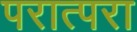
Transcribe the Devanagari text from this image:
परात्परा